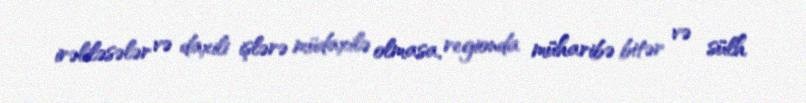
irəliləsələr və daxili işlərə müdaxilə olmasa, regionda müharibə bitər və sülh